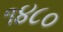
૧૪૮૦